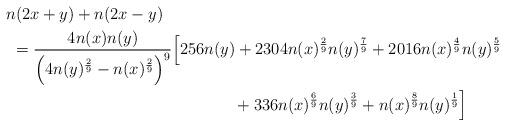
LaTeX: \begin{align*}& n(2x+y)+n(2x-y)\\&~=\frac{4n(x)n(y)}{\left(4n(y)^{\frac{2}{9}}-n(x)^{\frac{2}{9}}\right)^9}\Big[256n(y)+2304n(x)^{\frac{2}{9}}n(y)^{\frac{7}{9}}+2016n(x)^{\frac{4}{9}}n(y)^{\frac{5}{9}}\\&\qquad\qquad\qquad\qquad\qquad\qquad\qquad+336n(x)^{\frac{6}{9}}n(y)^{\frac{3}{9}}+n(x)^{\frac{8}{9}}n(y)^{\frac{1}{9}}\Big]\end{align*}